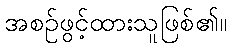
အစဉ်ဖွင့်ထားသူဖြစ်၏။